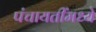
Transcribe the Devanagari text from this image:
पंचायतींमध्ये